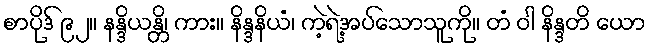
စာပိုဒ် ၉၂။ နန္ဒိယန္တိ၊ ကား။ နိန္ဒနိယံ၊ ကဲ့ရဲ့အပ်သောသူကို။ တံ ဝါ နိန္ဒတိ ယော